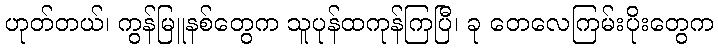
ဟုတ်တယ်၊ ကွန်မြူနစ်တွေက သူပုန်ထကုန်ကြပြီ၊ ခု တေလေကြမ်းပိုးတွေက